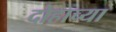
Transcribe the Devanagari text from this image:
दोहाच्या